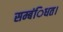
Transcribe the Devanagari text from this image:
सम्बंिधत।